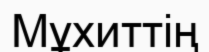
Мұхиттің